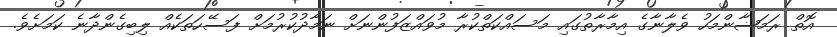
އޮތް ރަމަޟާންމަހު ވެލާނާގެ އިމާރާތުގައި މަސައްކަތްކުރާ މުވައްޒަފުންނަށް ނަމާދުކުރުމަށް ފަސޭހަތަކެއް ލިބިގެންދާނެ ކަމަށެވެ.